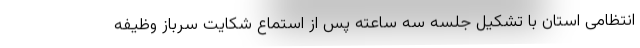
انتظامی استان با تشکیل جلسه سه ساعته پس از استماع شکایت سرباز وظیفه